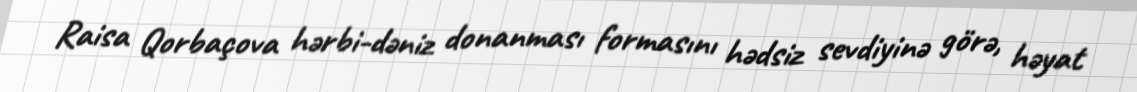
Raisa Qorbaçova hərbi-dəniz donanması formasını hədsiz sevdiyinə görə, həyat